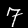
Label: 7